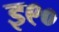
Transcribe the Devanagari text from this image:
इ९०